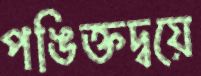
পঙিক্তদ্বয়ে